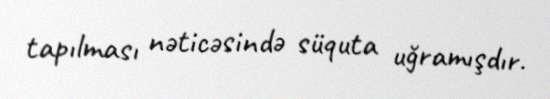
tapılması nəticəsində süquta uğramışdır.